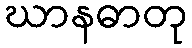
ဃာနဓာတု